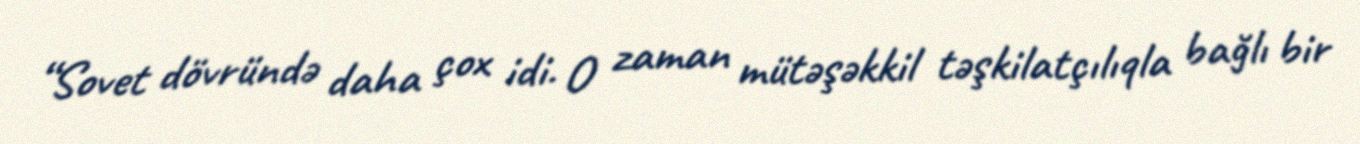
“Sovet dövründə daha çox idi. O zaman mütəşəkkil təşkilatçılıqla bağlı bir